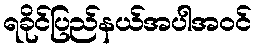
ရခိုင်ပြည်နယ်အပါအဝင်